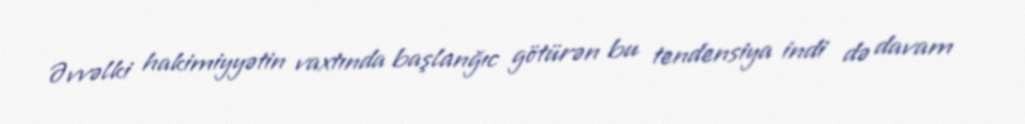
Əvvəlki hakimiyyətin vaxtında başlanğıc götürən bu tendensiya indi də davam